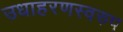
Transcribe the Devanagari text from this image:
उधाहरणस्वरुप